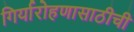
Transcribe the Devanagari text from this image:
गिर्यारोहणासाठीची